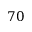
7 0